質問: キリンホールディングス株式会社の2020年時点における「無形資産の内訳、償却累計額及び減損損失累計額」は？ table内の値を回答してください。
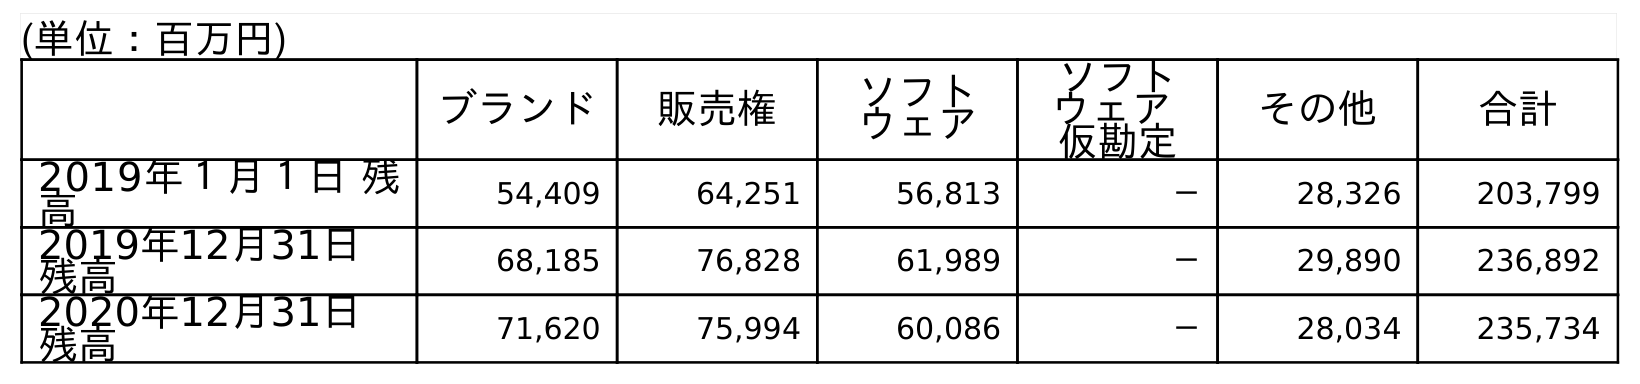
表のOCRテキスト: (単位：百万円) ブランド 販売権 ソフト ウェア ソフト ウェア 仮勘定 その他 合計 2019年１月１日 残 高 54,409 64,251 56,813 － 28,326 203,799 2019年12月31日 残高 68,185 76,828 61,989 － 29,890 236,892 2020年12月31日 残高 71,620 75,994 60,086 － 28,034 235,734
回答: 235,734